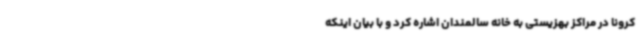
کرونا در مراکز بهزیستی به خانه سالمندان اشاره کرد و با بیان اینکه